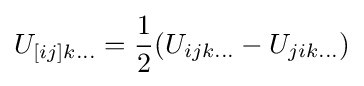
U_{[ij]k\dots }={\frac {1}{2}}(U_{ijk\dots }-U_{jik\dots })